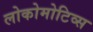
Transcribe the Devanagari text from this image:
लोकोमोटिव्स